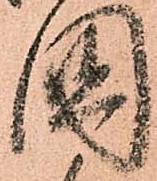
國